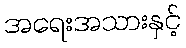
အရေးအသားနှင့်